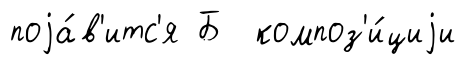
поjа́в'итс'я Б композ'и́циjи